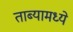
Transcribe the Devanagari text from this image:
ताब्यामध्ये